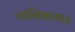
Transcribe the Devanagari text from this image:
चाक्कियार